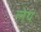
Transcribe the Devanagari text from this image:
लेय